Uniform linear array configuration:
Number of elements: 4
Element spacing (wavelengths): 0.5
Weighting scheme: hann
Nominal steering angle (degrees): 15
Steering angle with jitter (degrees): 15.085
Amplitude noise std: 0.05
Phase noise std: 0.05

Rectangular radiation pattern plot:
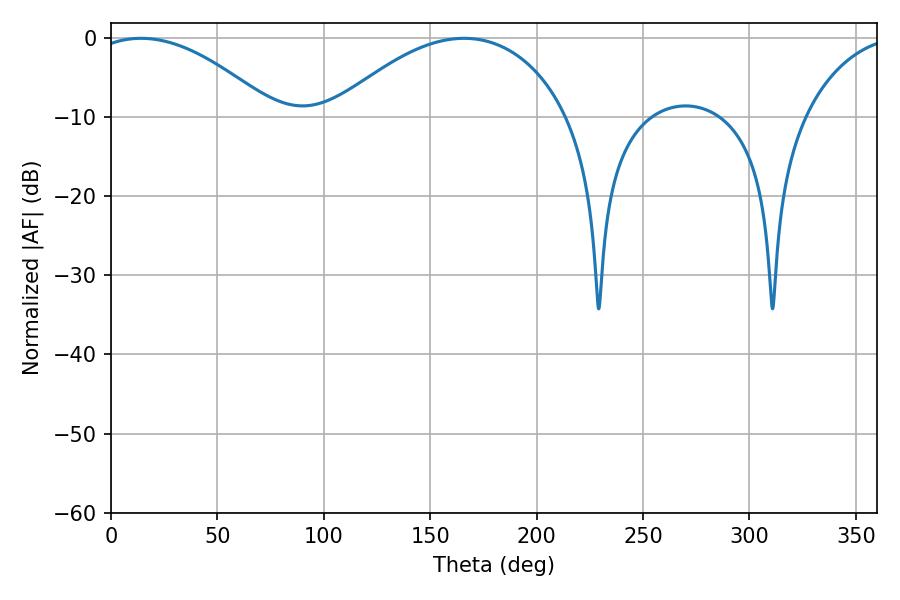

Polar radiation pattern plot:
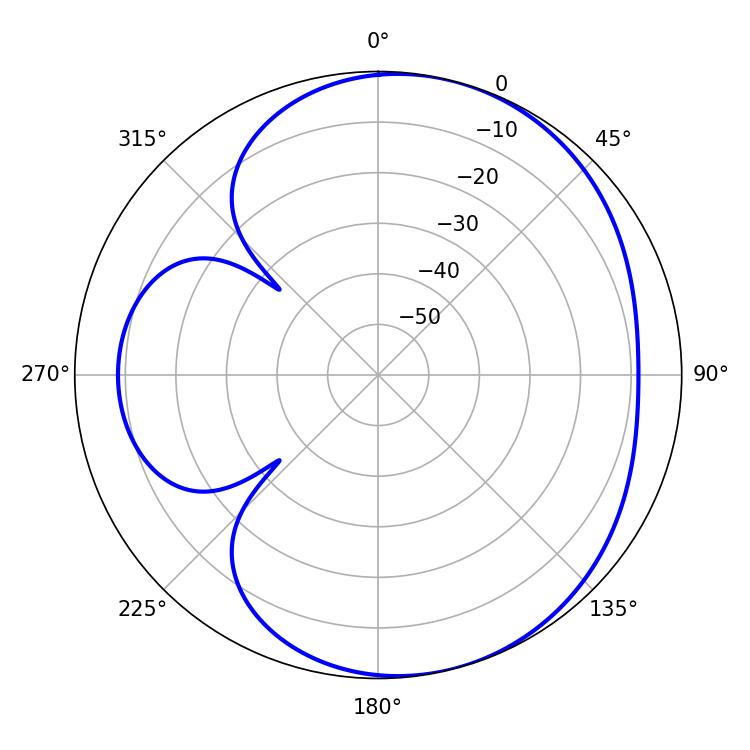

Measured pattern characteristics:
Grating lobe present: FALSE
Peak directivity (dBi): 5.094
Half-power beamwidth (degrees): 47.88
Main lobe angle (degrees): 14.04